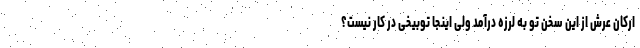
ارکان عرش از این سخن تو به لرزه درآمد ولی اینجا توبیخی در کار نیست؟